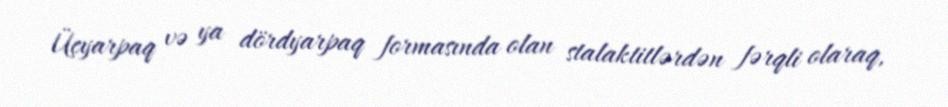
Üçyarpaq və ya dördyarpaq formasında olan stalaktitlərdən fərqli olaraq,